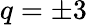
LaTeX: q=\pm 3